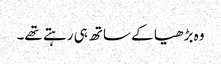
وہ بڑھیا کے ساتھ ہی رہتے تھے۔